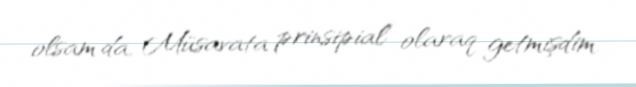
olsam da, Müsavata prinsipial olaraq getmişdim.